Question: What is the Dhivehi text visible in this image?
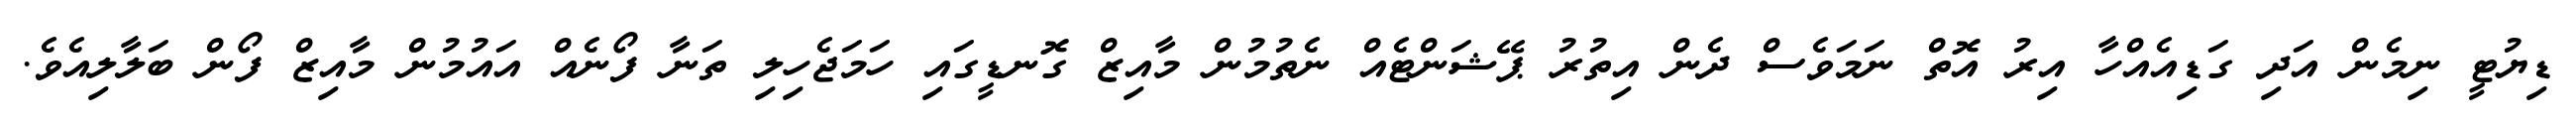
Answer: ޑިޔުޓީ ނިމެން އަދި ގަޑިއެއްހާ އިރު އޮތް ނަމަވެސް ދެން އިތުރު ޕޭޝަންޓެއް ނެތުމުން މާއިޒް ގޮނޑީގައި ހަމަޖެހިލި ތަނާ ފޯނެއް އައުމުން މާއިޒް ފޯން ބަލާލިއެވެ.